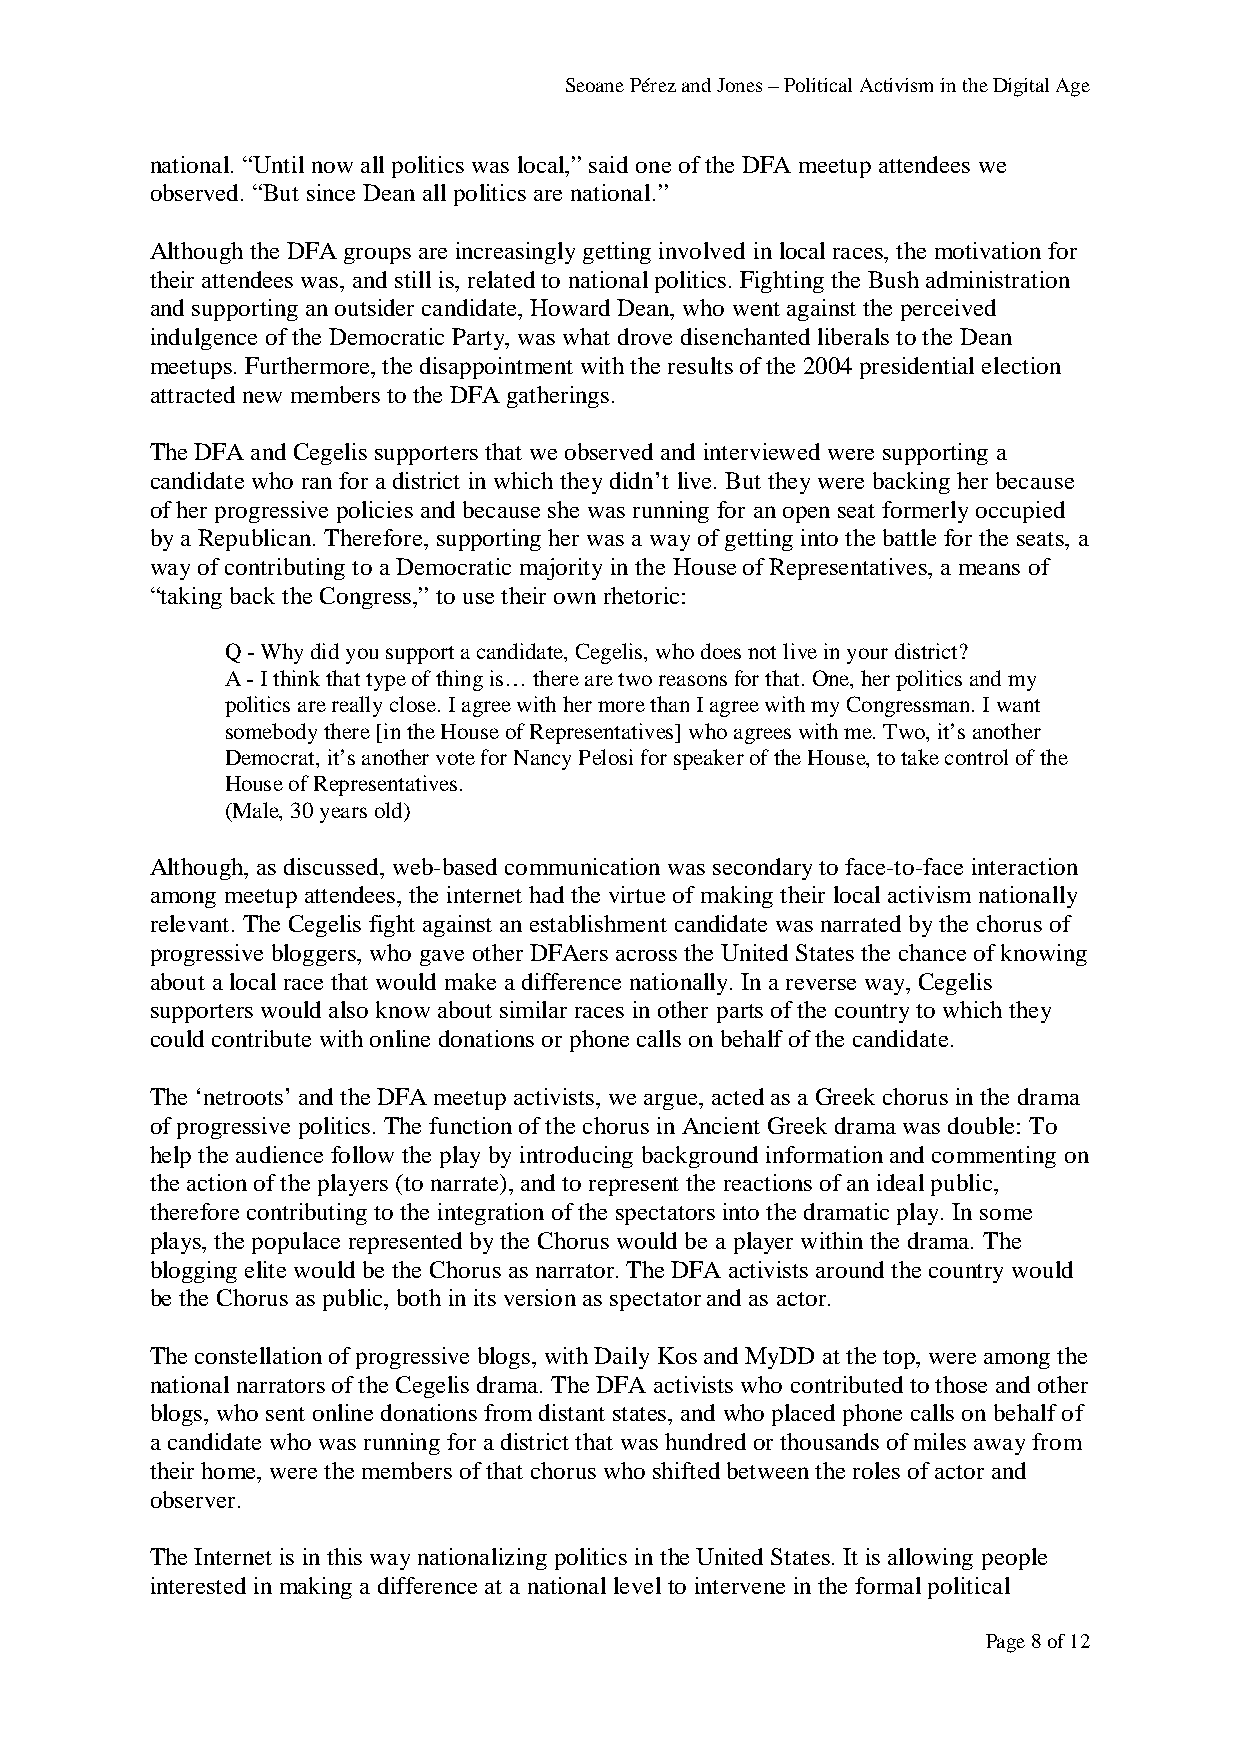
Seoane Pérez and Jones – Political Activism in the Digital Age
 national. “Until now all politics was local,” said one of the DFA meetup attendees we
 observed. “But since Dean all politics are national.”
 Although the DFA groups are increasingly getting involved in local races, the motivation for
 their attendees was, and still is, related to national politics. Fighting the Bush administration
 and supporting an outsider candidate, Howard Dean, who went against the perceived
 indulgence of the Democratic Party, was what drove disenchanted liberals to the Dean
 meetups. Furthermore, the disappointment with the results of the 2004 presidential election
 attracted new members to the DFA gatherings.
 The DFA and Cegelis supporters that we observed and interviewed were supporting a
 candidate who ran for a district in which they didn’t live. But they were backing her because
 of her progressive policies and because she was running for an open seat formerly occupied
 by a Republican. Therefore, supporting her was a way of getting into the battle for the seats, a
 way of contributing to a Democratic majority in the House of Representatives, a means of
 “taking back the Congress,” to use their own rhetoric:
 Q - Why did you support a candidate, Cegelis, who does not live in your district?
 A - I think that type of thing is… there are two reasons for that. One, her politics and my
 politics are really close. I agree with her more than I agree with my Congressman. I want
 somebody there [in the House of Representatives] who agrees with me. Two, it’s another
 Democrat, it’s another vote for Nancy Pelosi for speaker of the House, to take control of the
 House of Representatives.
 (Male, 30 years old)
 Although, as discussed, web-based communication was secondary to face-to-face interaction
 among meetup attendees, the internet had the virtue of making their local activism nationally
 relevant. The Cegelis fight against an establishment candidate was narrated by the chorus of
 progressive bloggers, who gave other DFAers across the United States the chance of knowing
 about a local race that would make a difference nationally. In a reverse way, Cegelis
 supporters would also know about similar races in other parts of the country to which they
 could contribute with online donations or phone calls on behalf of the candidate.
 The ‘netroots’ and the DFA meetup activists, we argue, acted as a Greek chorus in the drama
 of progressive politics. The function of the chorus in Ancient Greek drama was double: To
 help the audience follow the play by introducing background information and commenting on
 the action of the players (to narrate), and to represent the reactions of an ideal public,
 therefore contributing to the integration of the spectators into the dramatic play. In some
 plays, the populace represented by the Chorus would be a player within the drama. The
 blogging elite would be the Chorus as narrator. The DFA activists around the country would
 be the Chorus as public, both in its version as spectator and as actor.
 The constellation of progressive blogs, with Daily Kos and MyDD at the top, were among the
 national narrators of the Cegelis drama. The DFA activists who contributed to those and other
 blogs, who sent online donations from distant states, and who placed phone calls on behalf of
 a candidate who was running for a district that was hundred or thousands of miles away from
 their home, were the members of that chorus who shifted between the roles of actor and
 observer.
 The Internet is in this way nationalizing politics in the United States. It is allowing people
 interested in making a difference at a national level to intervene in the formal political
 Page 8 of 12